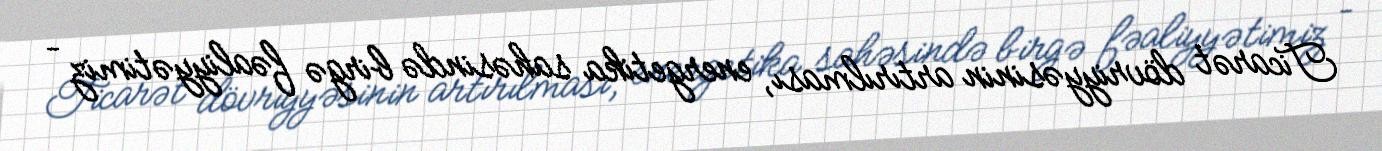
Ticarət dövriyyəsinin artırılması, energetika sahəsində birgə fəaliyyətimiz –